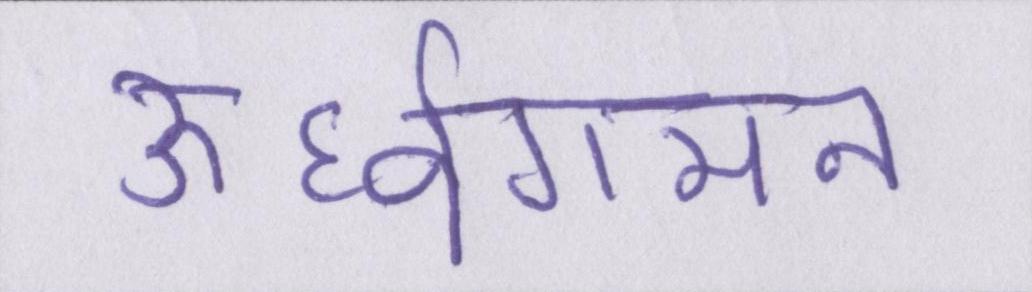
ऊर्ध्वगमन